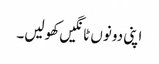
اپنی دونوں ٹانگیں کھولیں۔